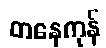
တနေကုန်